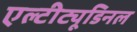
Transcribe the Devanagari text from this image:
एल्‍टीट्यूडिनल